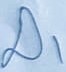
Text: D1